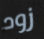
زود